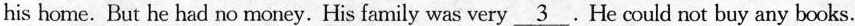
his home. But he had no money. His family was very\underline{3}.He could not buy any books.